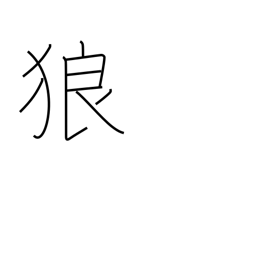
Meaning: wolf